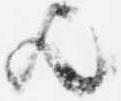
歟